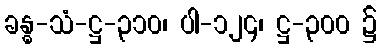
ခန္ဓ-သံ-ဋ္ဌ-၃၁၀၊ ပါ-၁၂၄၊ ဋ္ဌ-၃၀၀ ၌